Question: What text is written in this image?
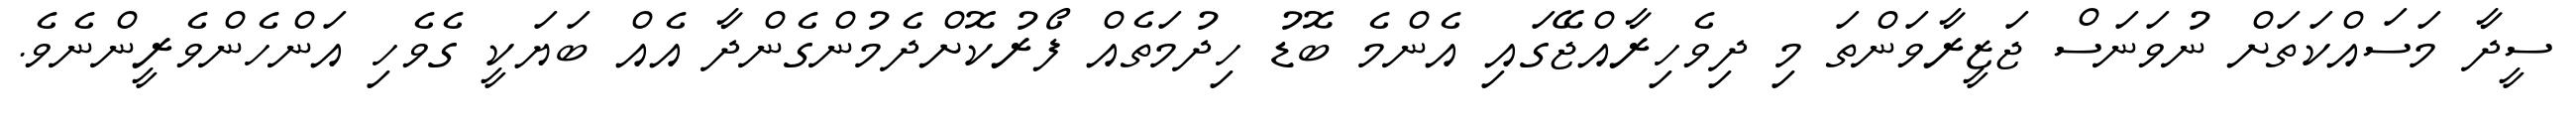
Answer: ސީދާ މަސައްކަތަށް ނުވަނަސް ޖަޒީރާވަންތަ މި ދިވެހިރާއްޖޭގައި އެންމެ ބޮޑު ހިދުމަތެއް ފޯރުކޮށްދެމުންގެންދާ އެއް ބަޔަކީ ގެވެހި އަންހެންވެރީންނެވެ.